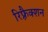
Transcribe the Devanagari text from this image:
रिफ़्रैक्शन